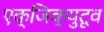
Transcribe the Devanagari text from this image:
एक्जिक्युटूव